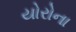
યોરોના